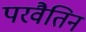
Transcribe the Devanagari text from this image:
परवैतिन